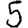
Digit: 5